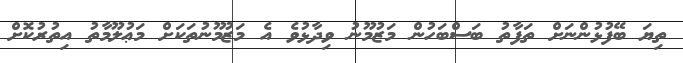
ތިޔަ ބޭފުޅުންނަށް ތަފާތު ބަސްބަހުން މަޒުމޫނު ވިދާޅުވެ އެ މަޒުމޫނުތަކަށް މަޢުލޫމާތު އިތުރުކޮށް